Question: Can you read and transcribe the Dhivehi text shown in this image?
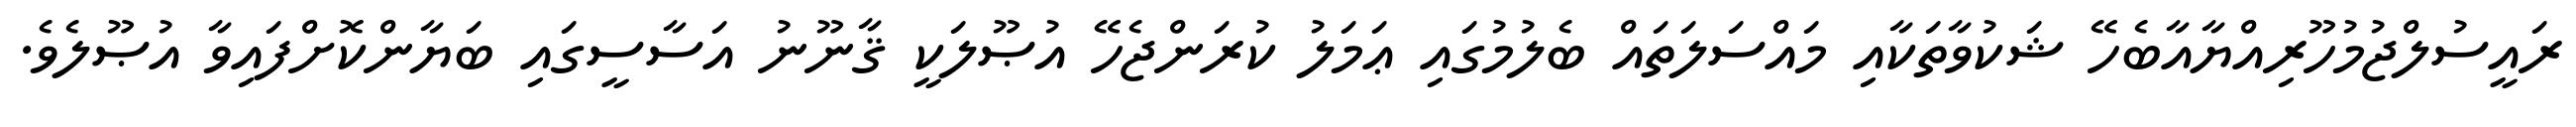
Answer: ރައީސުލްޖުމުހޫރިއްޔާއާބެހޭ ޝަކުވާތަކާއި މައްސަލަތައް ބެލުމުގައި ޢަމަލު ކުރަންޖެހޭ އުޞޫލަކީ ޤާނޫނު އަސާސީގައި ބަޔާންކޮށްފައިވާ އުޞޫލެވެ.